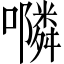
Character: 𭌇